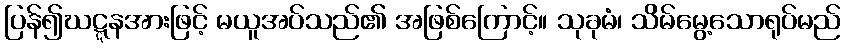
ပြန်၍ဃဋ္ဋနအားဖြင့် မယူအပ်သည်၏ အဖြစ်ကြောင့်။ သုခုမံ၊ သိမ်မွေ့သောရုပ်မည်